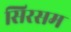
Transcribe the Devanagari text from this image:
सिरसम